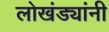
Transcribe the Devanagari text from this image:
लोखंड्यांनी